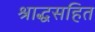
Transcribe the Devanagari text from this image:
श्राद्धसहित